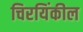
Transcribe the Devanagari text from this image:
चिरयिंकील